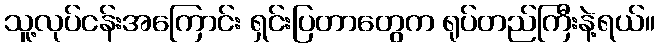
သူ့လုပ်ငန်းအကြောင်း ရှင်းပြတာတွေက ရုပ်တည်ကြီးနဲ့ရယ်။